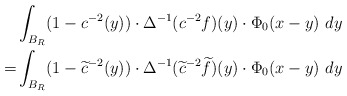
\begin{align*}& \int_{B_R} (1-c^{-2}(y))\cdot \Delta^{-1}(c^{-2}f)(y)\cdot\Phi_0(x-y)\ dy\\=& \int_{B_R} (1-\widetilde{c}^{-2}(y))\cdot \Delta^{-1}(\widetilde{c}^{-2}\widetilde{f})(y)\cdot\Phi_0(x-y)\ dy\end{align*}